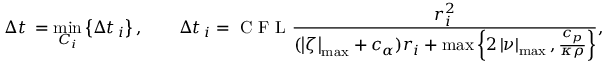
\Delta t \, = \operatorname* { m i n } _ { C _ { i } } \left\lbrace \Delta t \, _ { i } \right\rbrace , \qquad \Delta t \, _ { i } = \textnormal { C F L } \frac { r _ { i } ^ { 2 } } { ( \left| \zeta \right| _ { \operatorname* { m a x } } + c _ { \alpha } ) r _ { i } + \operatorname* { m a x } \left\lbrace 2 \left| \nu \right| _ { \operatorname* { m a x } } , \frac { { c _ { p } } } { \kappa \rho } \right\rbrace } ,